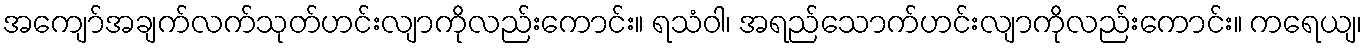
အကျော်အချက်လက်သုတ်ဟင်းလျာကိုလည်းကောင်း။ ရသံဝါ၊ အရည်သောက်ဟင်းလျာကိုလည်းကောင်း။ ကရေယျ၊